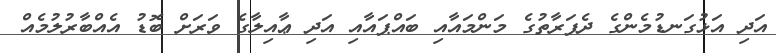
އަދި އަޅުގަނޑުމެންގެ ދެފަރާތުގެ މަންމައާއި ބައްޕައާއި އަދި ޢާއިލާގެ ވަރަށް ބޮޑު އެއްބާރުލުމެއް